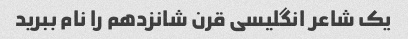
یک شاعر انگلیسی قرن شانزدهم را نام ببرید